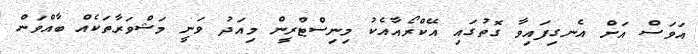
އަވަސް އަށް އެނގިފައިވާ ގޮތުގައި އޭކްރޯއާއެކު މިނިސްޓްރީން މިއަދު ވަނީ މަޝްވަރާތަކެއް ބާއްވަން